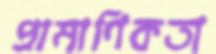
প্রামাণিকতা